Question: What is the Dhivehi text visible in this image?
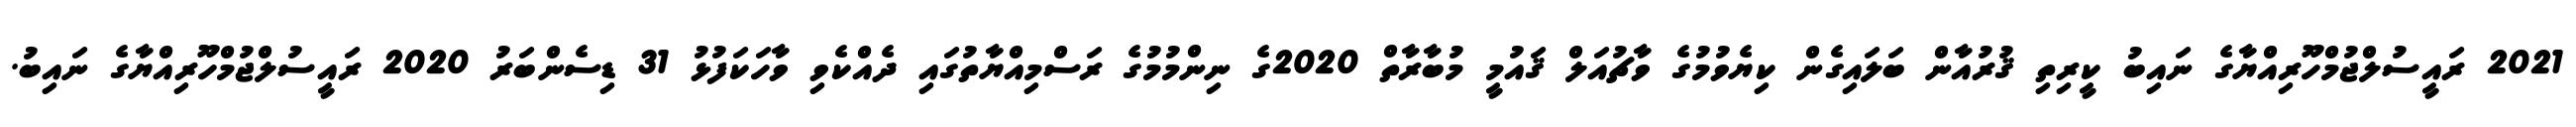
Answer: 2021 ރައީސުލްޖުމްހޫރިއްޔާގެ ނައިބު ކީރިތި ޤުރުއާން ބަލައިގެން ކިޔެވުމުގެ ވާޗުއަލް ޤައުމީ މުބާރާތް 2020ގެ ނިންމުމުގެ ރަސްމިއްޔާތުގައި ދެއްކެވި ވާހަކަފުޅު 31 ޑިސެންބަރު 2020 ރައީސުލްޖުމްހޫރިއްޔާގެ ނައިބު.